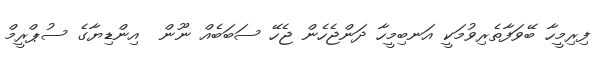
ފިރިމީހާ ބޭވަފާތެރިވުމަކީ އަނބިމީހާ ދަންޖެހެން ޖެހޭ ސަބަބެއް ނޫން  އިންޑިޔާގެ ސުޕްރީމް